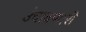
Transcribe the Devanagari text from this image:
उंचावणारी